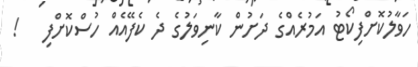
ހަވާލުކޮށްފިކޯޓު އަމުރެއްގެ ދަށުން ކާނިވަލުގެ ދެ ކެފޭއެއް ހުސްކޮށްފި   !